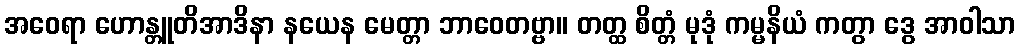
အဝေရာ ဟောန္တူတိအာဒိနာ နယေန မေတ္တာ ဘာဝေတဗ္ဗာ။ တတ္ထ စိတ္တံ မုဒုံ ကမ္မနိယံ ကတွာ ဒွေ အာဝါသာ